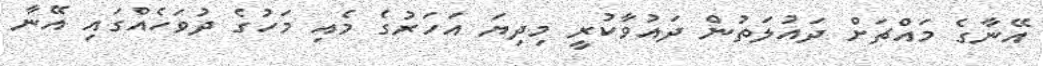
އޭނާގެ މައްޗަށް ދައުލަތުން ދައުވާކުރީ މިދިޔަ އަހަރުގެ މެއި މަހުގެ ދުވަހެއްގައި އޭނާ